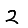
Digit: 2